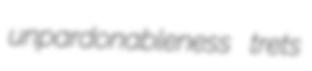
unpardonableness trets